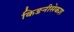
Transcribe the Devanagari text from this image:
किङनीसेकश